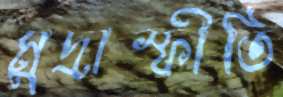
মুদ্রাস্ফীতি